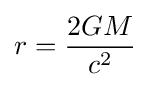
r={\frac {2GM}{c^{2}}}